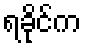
ရခိုင်က